Enquiry on enteric fever in India - Number 32
Disease focus: Fever
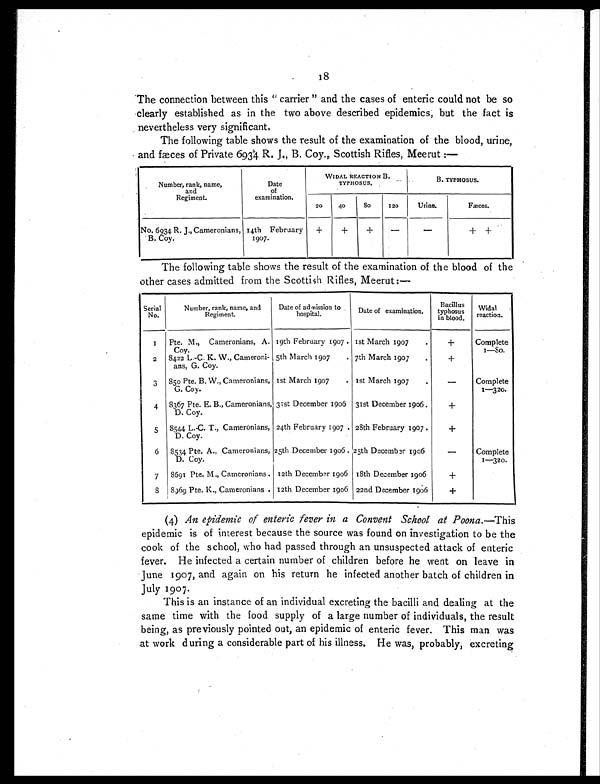
18
The connection between this " carrier " and the cases of enteric could not be so
clearly established as in the two above described epidemics, but the fact is
nevertheless very significant.
The following table shows the result of the examination of the blood, urine,
and fæces of Private 6934 R. J., B. Coy., Scottish Rifles, Meerut :—
Number, rank, name,
and
Regiment.
Date
of
examination.
WIDAL REACTION B.
TYPHOSUS.
B. TYPHOSUS.
20
40
8 0
1 2 0
Urine.
Fæces.
No. 6934 R. J., Cameronians,
B. Coy.
14th February
1907.
+
+
+ —
—
++
The following table shows the result of the examination of the blood of the
other cases admitted from the Scottish Rifles, Meerut:—
Serial
No.
Number, rank, name, and
Regiment.
Date of admission to
hospital.
Date of examination.
Bacillus
typhosus
in blood.
Widal
reaction.
1 Pte. M., Cameronians, A.
Coy.
19th February 1907 1st March 1907
+
Complete
1—80.
2 8422 L.-C. K. W., Cameroni-
ans, G. Coy.
5th March 1907
7th March 1907
+
3 850 Pte. B. W., Cameronians,
G. Coy.
1st March 1907
1st March 1907
—
Complete
1—320.
4 8367 Pte. E. B., Cameronians,
D. Coy.
31st December 1906 31st December 1906
+
5 8544 L.-C. T., Cameronians,
D. Coy.
24th February 1907 28th February 1907
+
6 8534 Pte. A., Cameronians,
D. Coy.
25th December 1906. 25th December 1906
—
Complete
1—320.
7 8691 Pte. M., Cameronians. 12th December 1906 18th December 1906
+
8
8969 Pte. K., Cameronians 12th December 1906 22nd December 1906
+
(4) An epidemic of enteric fever in a Convent School at Poona. —This
epidemic is of interest because the source was found on investigation to be the
cook of the school, who had passed through an unsuspected attack of enteric
fever. He infected a certain number of children before he went on leave in
June 1907, and again on his return he infected another batch of children in
July 1907.
This is an instance of an individual excreting the bacilli and dealing at the
same time with the food supply of a large number of individuals, the result
being, as previously pointed out, an epidemic of enteric fever. This man was
at work during a considerable part of his illness. He was, probably, excreting